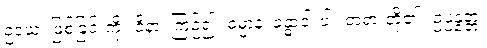
ဥဒယံ၊ ဖြစ်ခြင်းကို။ ဝိနာ၊ ကြဉ်၍။ ဓမ္မာနံ၊ ခန္ဓာငါးပါး တရားတို့၏။ ဥပ္ပန္နတ္တံ၊